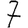
Digit: 7